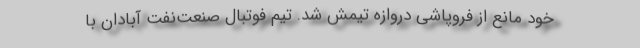
خود مانع از فروپاشی دروازه تیمش شد. تیم فوتبال صنعت‌نفت آبادان با